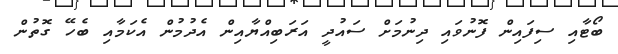
ބޯޓާއި ސިފައިން ފޮނުވައި ދިނުމަށް ސައުދީ އަރަބިއްޔާއިން އެދުމުން އެކަމާއި ބެހޭ ގޮތުން